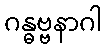
ဂန္ဓဗ္ဗနာဂါ